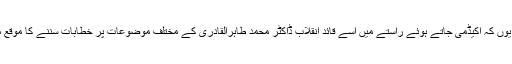
ہوا یوں کہ اکیڈمی جاتے ہوئے راستے میں اسے قائد انقلاب ڈاکٹر محمد طاہرالقادری کے مختلف موضوعات پر خطابات سننے کا موقع ملا۔